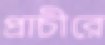
প্রাচীরে